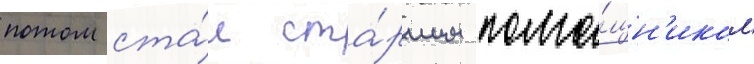
потом ста́л ста́ршим помо́щн'иком